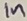
Text: In